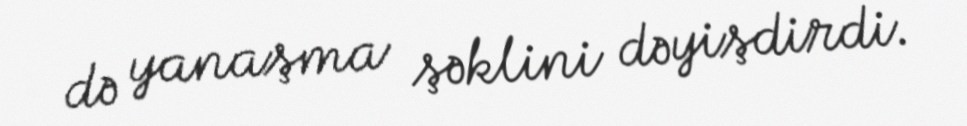
də yanaşma şəklini dəyişdirdi.